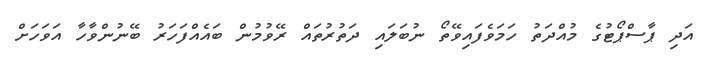
އަދި ޕާސްޕޯޓުގެ މުއްދަތު ހަމަވެފައިވޭތޯ ނުބަލައި ދަތުރުތައް ރޭވުމުން ބައެއްފަހަރު ބޭނުންވާހާ އަވަހަށް